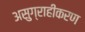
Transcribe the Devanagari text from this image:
असुग्राहीकरण